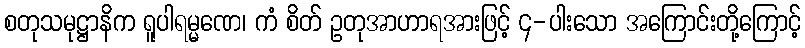
စတုသမုဋ္ဌာနိက ရူပါရမ္မဏေ၊ ကံ စိတ် ဥတုအာဟာရအားဖြင့် ၄-ပါးသော အကြောင်းတို့ကြောင့်